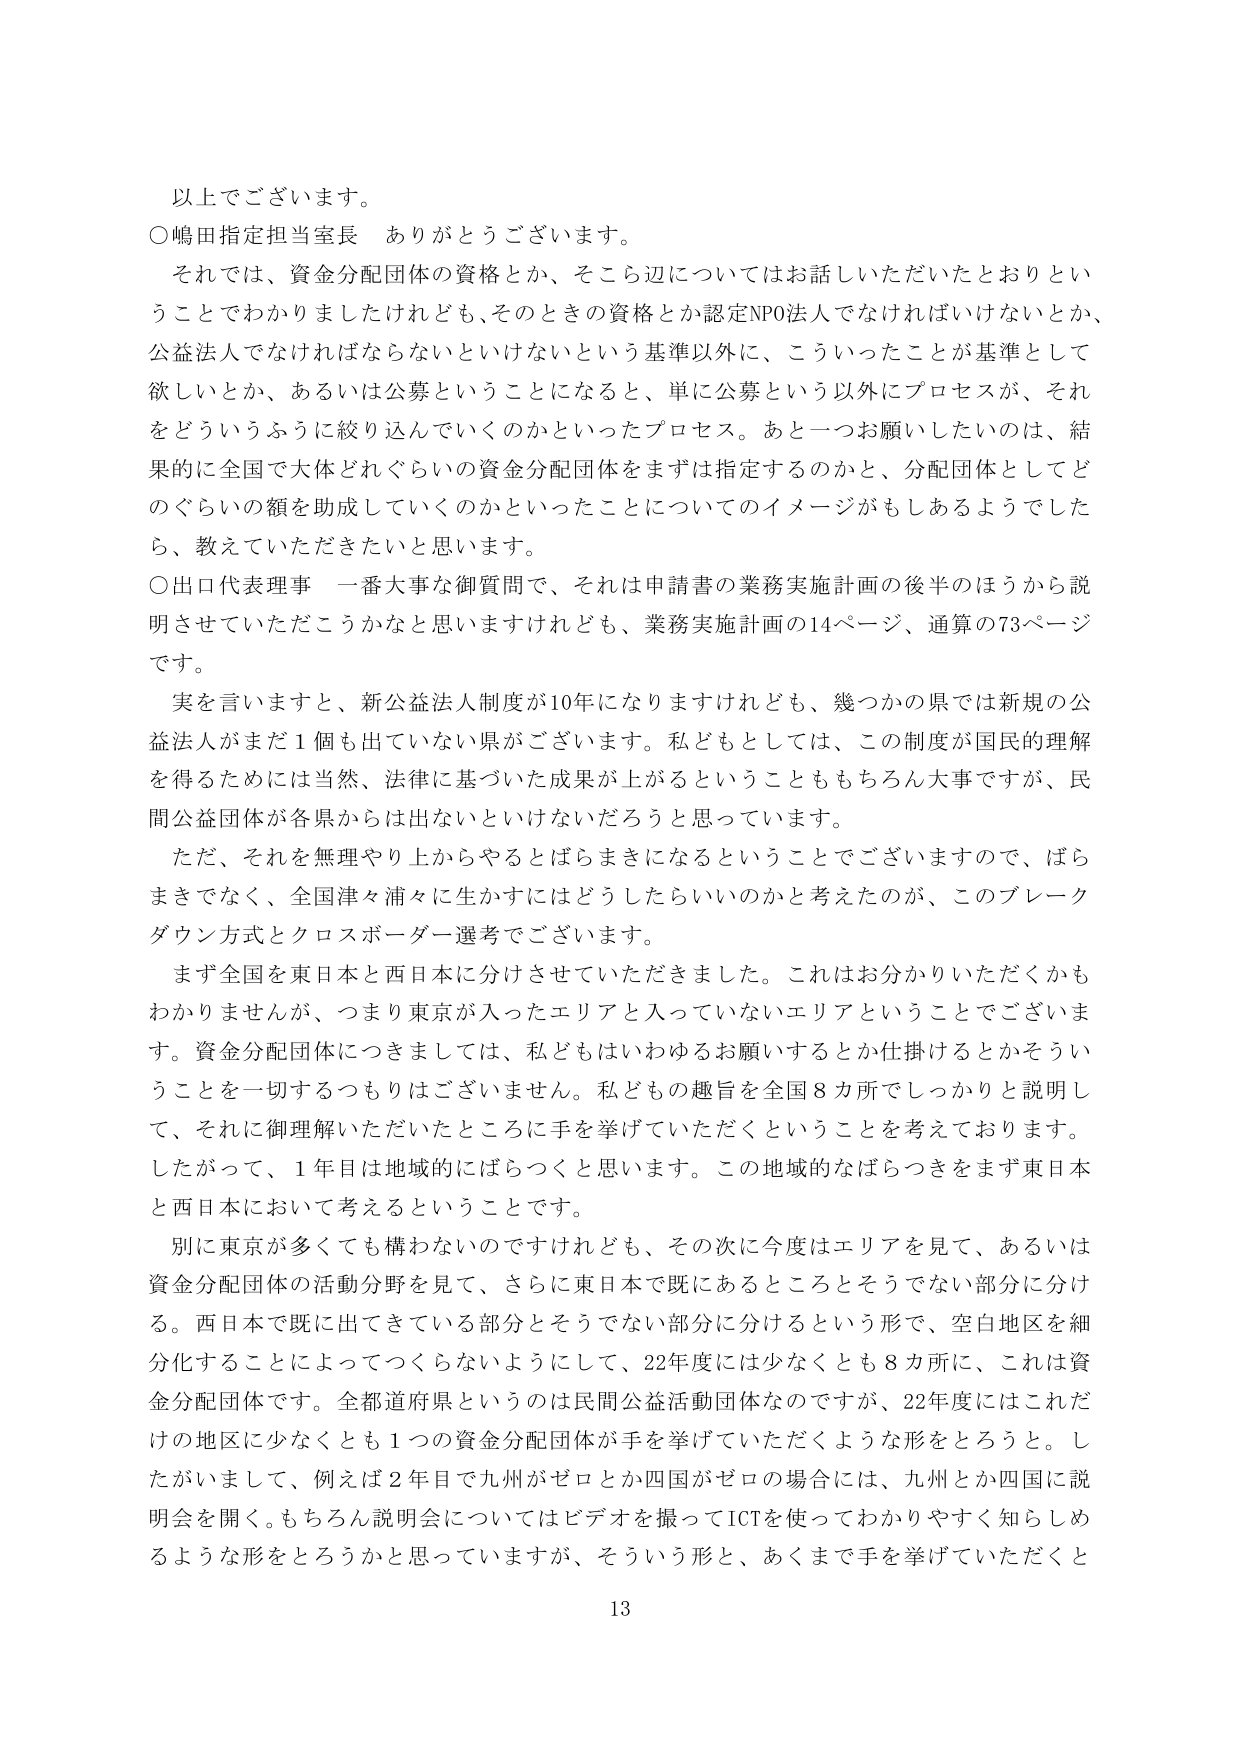
以上でございます。
○嶋田指定担当室長　ありがとうございます。
　それでは、資金分配団体の資格とか、そこら辺についてはお話しいただいたとおりということでわかりましたけれども、そのときの資格とか認定NPO法人でなければならないとか、公益法人でなければならないといけないという基準以外に、こういったことが基準として欲しいとか、あるいは公募ということになると、単に公募という以外にプロセスが、それをどういうふうに絞り込んでいくのかといったプロセス。あと一つお願いしたいのは、結果的に全国で大体どれぐらいの資金分配団体をまずは指定するのかと、分配団体としてどのぐらいの額を助成していくのかといったことについてのイメージがもしあるようでしたら、教えていただきたいと思います。
○出口代表理事　一番大事な御質問で、それは申請書の業務実施計画の後半のほうから説明させていただこうかなと思いますけれども、業務実施計画の14ページ、通算の73ページです。
　実を言いますと、新公益法人制度が10年になりますけれども、幾つかの県では新規の公益法人がまだ1個も出ていない県がございます。私どもとしては、この制度が国民的理解を得るためには当然、法律に基づいた成果が上がるということももちろん大事ですが、民間公益団体が各県からは出ないといけないだろうと思っています。
　ただ、それを無理やり上からやるとばらまきになるということでございますので、ばらまきでなく、全国津々浦々に生かすにはどうしたらいいのかと考えたのが、このブレークダウン方式とクロスボーダー選考でございます。
　まず全国を東日本と西日本に分けさせていただきました。これはお分かりいただくかもわかりませんが、つまり東京が入ったエリアと入っていないエリアということでございます。資金分配団体につきましては、私どもはいわゆるお願いするとか仕掛けるとかそういうことを一切するつもりはございません。私どもの趣旨を全国8カ所でしっかりと説明して、それに御理解いただいたところに手を挙げていただくということを考えております。したがって、1年目は地域的にばらつくと思います。この地域的なばらつきをまず東日本と西日本において考えるということです。
　別に東京が多くても構わないのですけれども、その次に今度はエリアを見て、あるいは資金分配団体の活動分野を見て、さらに東日本で既にあるところとそうでない部分に分ける。西日本で既に出てきている部分とそうでない部分に分けるという形で、空白地区を細分化することによってつくらないようにして、22年度には少なくとも8カ所に、これは資金分配団体です。全都道府県というのは民間公益活動団体なのですが、22年度にはこれだけの地区に少なくとも1つの資金分配団体が手を挙げていただくような形をとろうと。したがいまして、例えば2年目で九州がゼロとか四国がゼロの場合には、九州とか四国に説明会を開く。もちろん説明会についてはビデオを撮ってICTを使ってわかりやすく知らしめるような形をとろうかと思っていますが、そういう形と、あくまで手を挙げていただくと
13